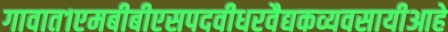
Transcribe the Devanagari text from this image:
गावात१एमबीबीएसपदवीधरवैद्यकव्यवसायीआहे